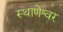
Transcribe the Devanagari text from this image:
स्थाणेश्वर